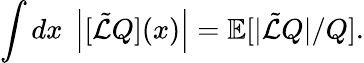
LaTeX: \int dx\; \left|[\tilde{\mathcal{L}}Q](x)\right|=\mathbb{E}[|\tilde{\mathcal{L}}Q|/Q].